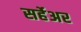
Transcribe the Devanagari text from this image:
सर्हेअर